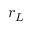
r _ { L }